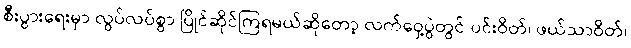
စီးပွားရေးမှာ လွပ်လပ်စွာ ပြိုင်ဆိုင်ကြရမယ်ဆိုတော့ လက်ဝှေ့ပွဲတွင် ပင်းဝိတ်၊ ဖယ်သာဝိတ်၊